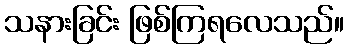
သနားခြင်း ဖြစ်ကြရလေသည်။